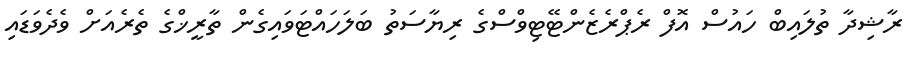
ރާޝިދާ ތުލައިބް ހައުސް އޮފް ރެޕްރެޒެންޓޭޓިވްސްގެ ރިޔާސަތު ބަލަހައްޓަވައިގެން ތާރީޚްގެ ތެރެއަށް ވެދެވަޑައި